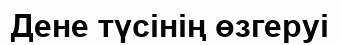
Дене түсінің өзгеруі